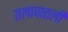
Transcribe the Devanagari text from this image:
तलावातली